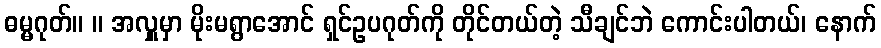
ဓမ္မဂုတ်။ ။ အလှူမှာ မိုးမရွာအောင် ရှင်ဥပဂုတ်ကို တိုင်တယ်တဲ့ သီချင်ဘဲ ကောင်းပါတယ်၊ နောက်